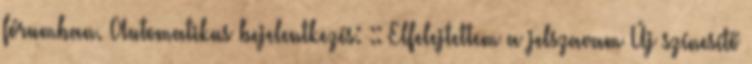
fórumban. Automatikus bejelentkezés: :: Elfelejtettem a jelszavam Új színesítő